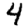
Digit: 4